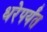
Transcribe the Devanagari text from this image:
धरेपर्यंत